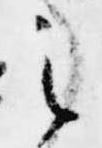
之